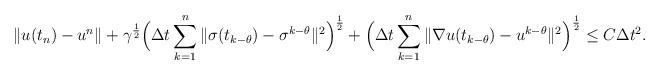
LaTeX: \begin{align*}\|u(t_n)-u^n\|+\gamma^{\frac12}\Big{(}\Delta t\sum_{k=1}^n\|\sigma(t_{k-\theta})-\sigma^{k-\theta}\|^2\Big{)}^{\frac12}+\Big{(}\Delta t\sum_{k=1}^n\|\nabla u(t_{k-\theta})-u^{k-\theta}\|^2\Big{)}^{\frac12}\leq C\Delta t^2.\end{align*}